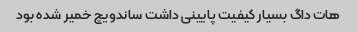
هات داگ بسیار کیفیت پایینی داشت ساندویچ خمیر شده بود